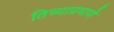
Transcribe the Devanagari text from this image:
तिच्याप्रमाणे